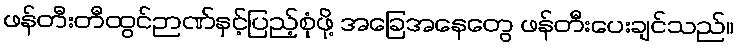
ဖန်တီးတီထွင်ဉာဏ်နှင့်ပြည့်စုံဖို့ အခြေအနေတွေ ဖန်တီးပေးချင်သည်။